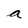
Character: a